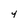
Character: 4